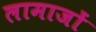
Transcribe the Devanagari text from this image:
लामाजों